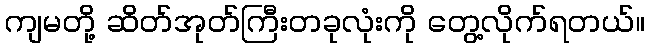
ကျမတို့ ဆိတ်အုတ်ကြီးတခုလုံးကို တွေ့လိုက်ရတယ်။